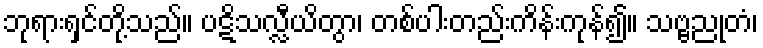
ဘုရားရှင်တို့သည်။ ပဋိသလ္လီယိတွာ၊ တစ်ပါးတည်းကိန်းကုန်၍။ သဗ္ဗညုတံ၊